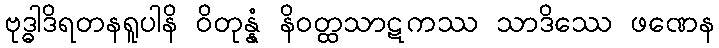
ဗုဒ္ဓါဒိရတနရူပါနိ ဝိတုန္နံ နိဝတ္ထသာဋကဿ သာဒိဿေ ဖဏေန